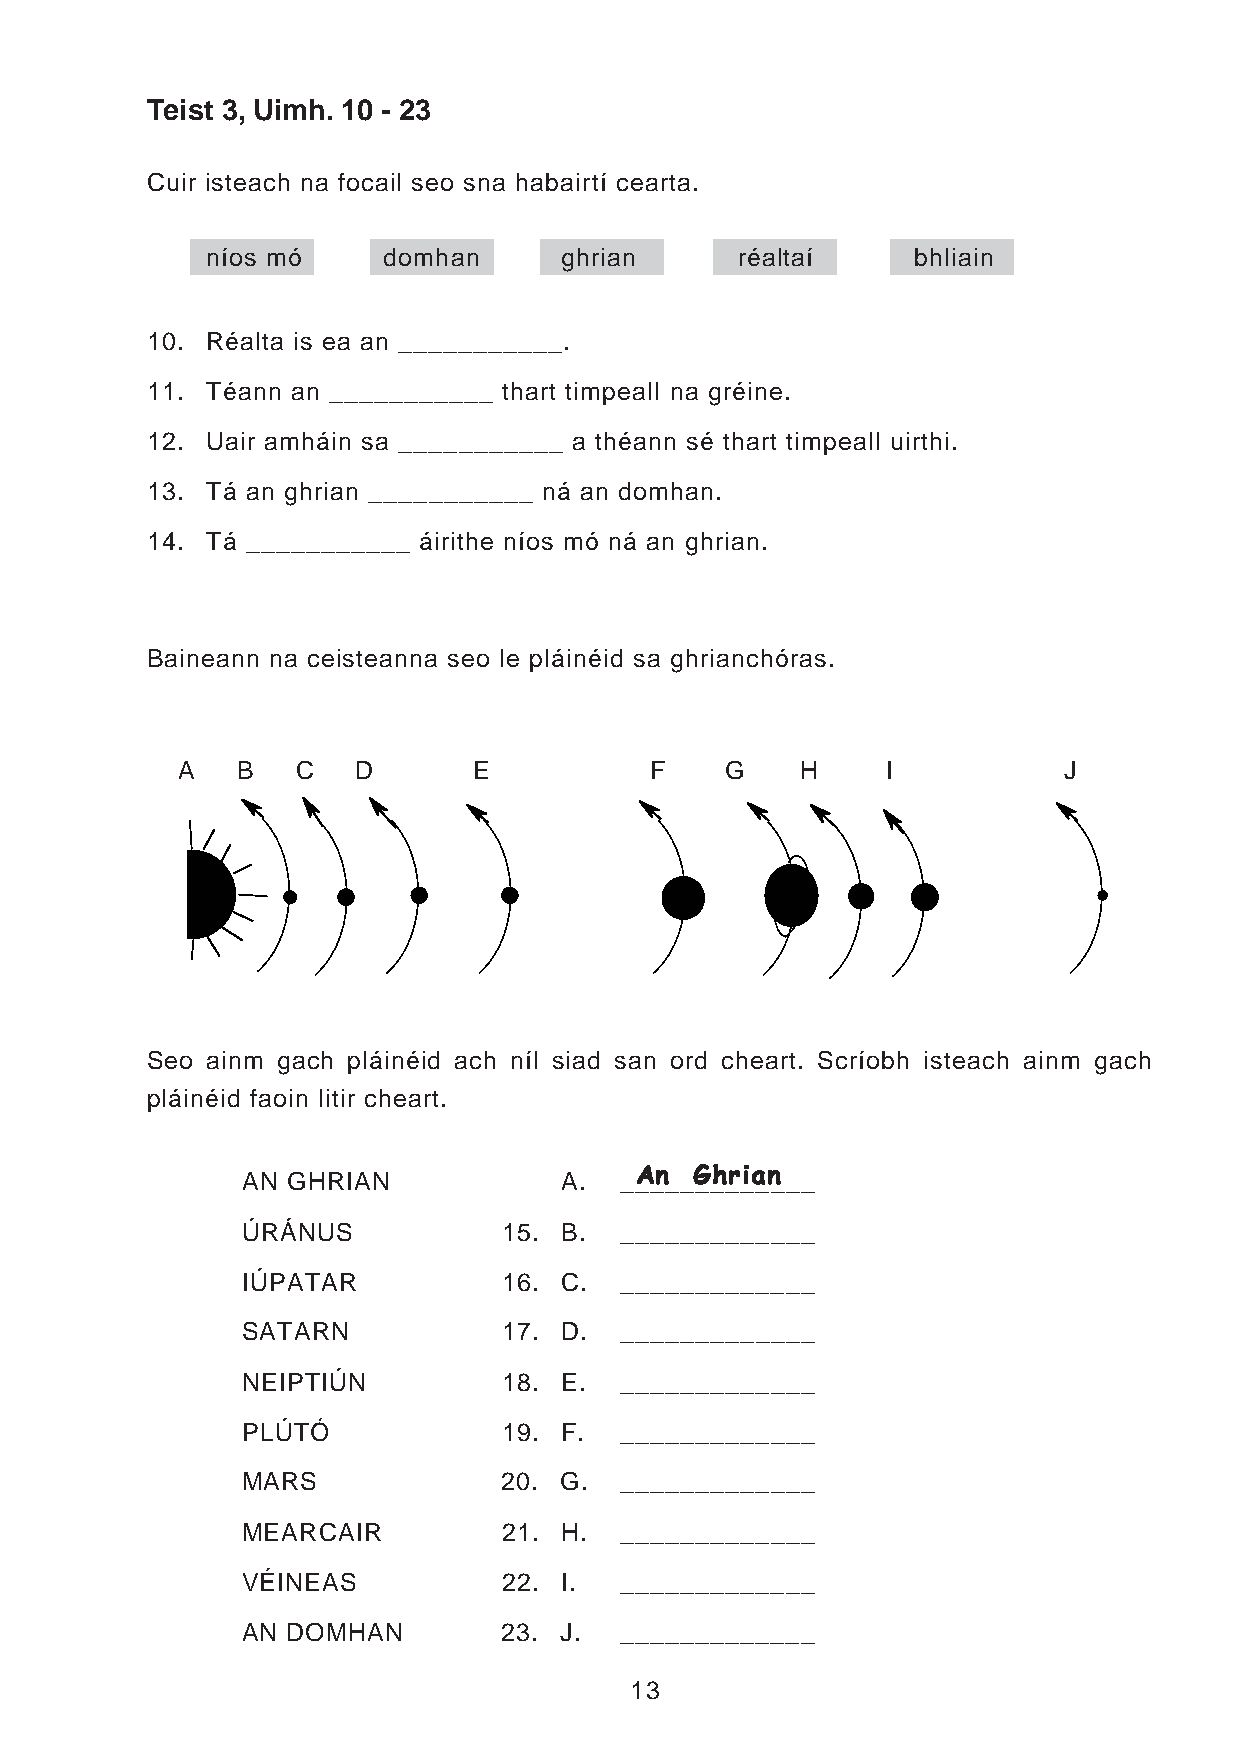
Teist 3, Uimh. 10 - 23
 Cuir isteach na focail seo sna habairtí cearta.
 níos mó    domhan      ghrian      réaltaí     bhliain
 10. Réalta is ea an ___________.
 11. Téann an ___________ thart timpeall na gréine.
 12. Uair amháin sa ___________ a théann sé thart timpeall uirthi.
 13. Tá an ghrian ___________ ná an domhan.
 14. Tá ___________ áirithe níos mó ná an ghrian.
 Baineann na ceisteanna seo le pláinéid sa ghrianchóras.
 A   B   C  D       E           F    G    H     I          J
 Seo ainm gach pláinéid ach níl siad san ord cheart. Scríobh isteach ainm gach
 pláinéid faoin litir cheart.
 AN GHRIAN            A.  __AAAAA_nnnnn_ _GGGGG__hhhhh_rrrrr_iiiiiaaaaa_nnnnn___
 ÚRÁNUS           15. B.  _____________
 IÚPATAR          16. C.  _____________
 SATARN           17. D.  _____________
 NEIPTIÚN         18. E.  _____________
 PLÚTÓ            19. F.  _____________
 MARS             20. G.  _____________
 MEARCAIR         21. H.  _____________
 VÉINEAS          22. I.  _____________
 AN DOMHAN        23. J.  _____________
 13